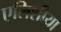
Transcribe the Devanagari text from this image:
एलिशीया